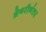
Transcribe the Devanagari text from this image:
ग्रेगरीनंतर